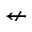
\nleftarrow